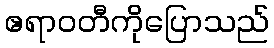
ဧရာဝတီကိုပြောသည်